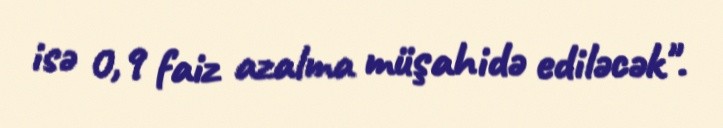
isə 0,9 faiz azalma müşahidə ediləcək".